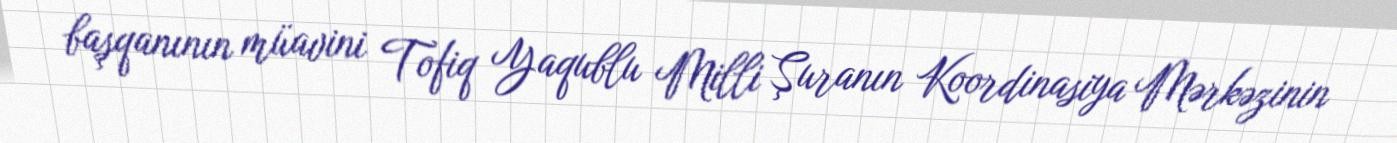
başqanının müavini Tofiq Yaqublu Milli Şuranın Koordinasiya Mərkəzinin